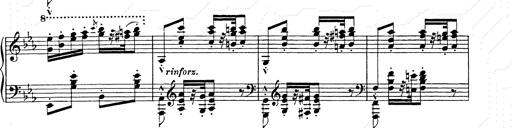
Title: Hungarian Rhapsody No.9
Composer: Franz Liszt
Key: E-flat major